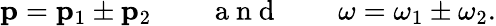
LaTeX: \mathbf{p}=\mathbf{p}_{1}\pm\mathbf{p}_{2}\mathrm{~~~~~~~~~a~n~d~~~~~~~~~}\omega=\omega_{1}\pm\omega_{2}.